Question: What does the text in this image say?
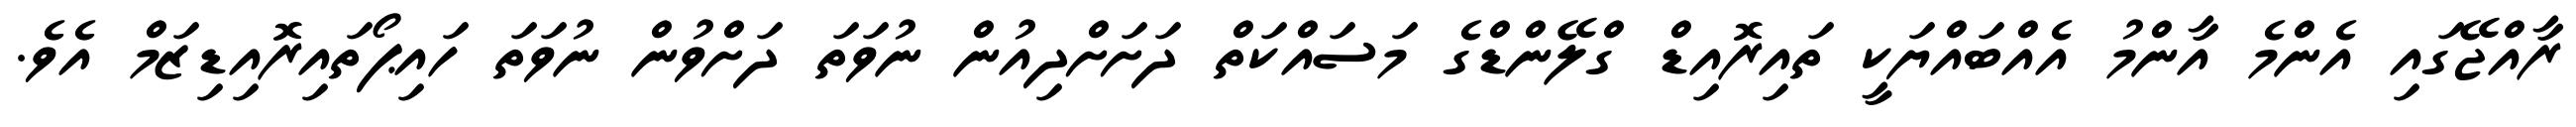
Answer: ރާއްޖޭގައި އެންމެ އާންމު އެއްބައްޔަކީ ތައިރޮއިޑް ގްލޭންޑްގެ މަސައްކަތް ދަށަށްދިއުން ނުވަތަ ދަށްވުން ނުވަތަ ހައިޕޯތައިރޮއިޑިޒަމް އެވެ.